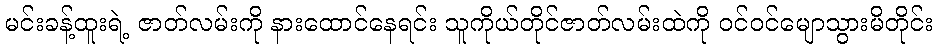
မင်းခန့်ထူးရဲ့ ဇာတ်လမ်းကို နားထောင်နေရင်း သူကိုယ်တိုင်ဇာတ်လမ်းထဲကို ဝင်ဝင်မျောသွားမိတိုင်း